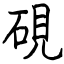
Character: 硯